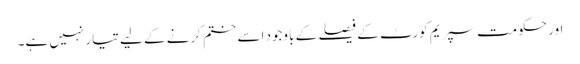
اور حکومت سپریم کورٹ کے فیصلے کے باوجود اسے ختم کرنے کے لیے تیار نہیں ہے۔